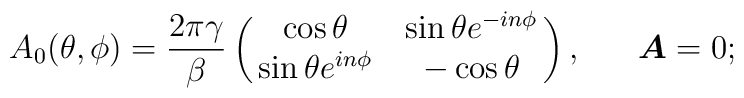
A_0(\theta,\phi)= \frac{2\pi \gamma}{\beta}\left(\matrix{\cos\theta &\sin\theta e^{-i n \phi} \cr \sin\theta e^{i n\phi} & -\cos\theta}\right),\ \ \ \ \  \mbox{\boldmath$A$}=0;